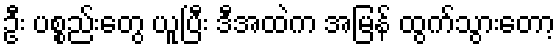
ဦး ပစ္စည်းတွေ ယူပြီး ဒီအထဲက အမြန် ထွက်သွားတော့